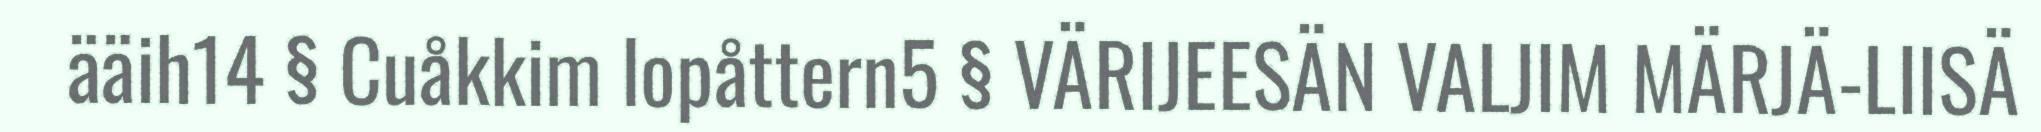
ääih14 § Cuåkkim lopåttern5 § VÄRIJEESÄN VALJIM MÄRJÄ-LIISÄ